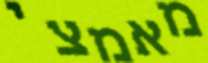
מאמצי